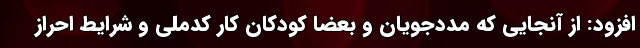
افزود: از آنجایی که مددجویان و بعضا کودکان کار کدملی و شرایط احراز